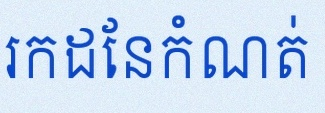
រកដែនកំណត់